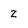
Character: z